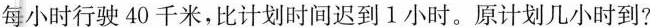
每小时行驶40千米，比计划时间迟到1小时。原计划几小时到?